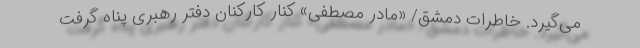
می‌گیرد. خاطرات دمشق/ «مادر مصطفی» کنار کارکنان دفتر رهبری پناه گرفت